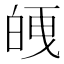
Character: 𭽘